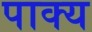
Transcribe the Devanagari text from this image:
पाक्य